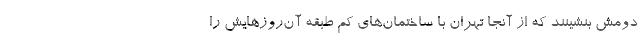
دومش بنشینند که از آنجا تهران با ساختمان‌های کم طبقه آن‌روزهایش را